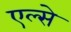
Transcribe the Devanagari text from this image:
एल्से